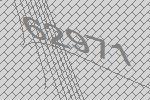
62971